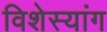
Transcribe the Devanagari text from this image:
विशेस्यांग